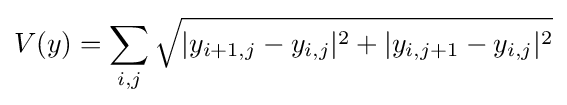
V(y)=\sum _{i,j}{\sqrt {|y_{i+1,j}-y_{i,j}|^{2}+|y_{i,j+1}-y_{i,j}|^{2}}}